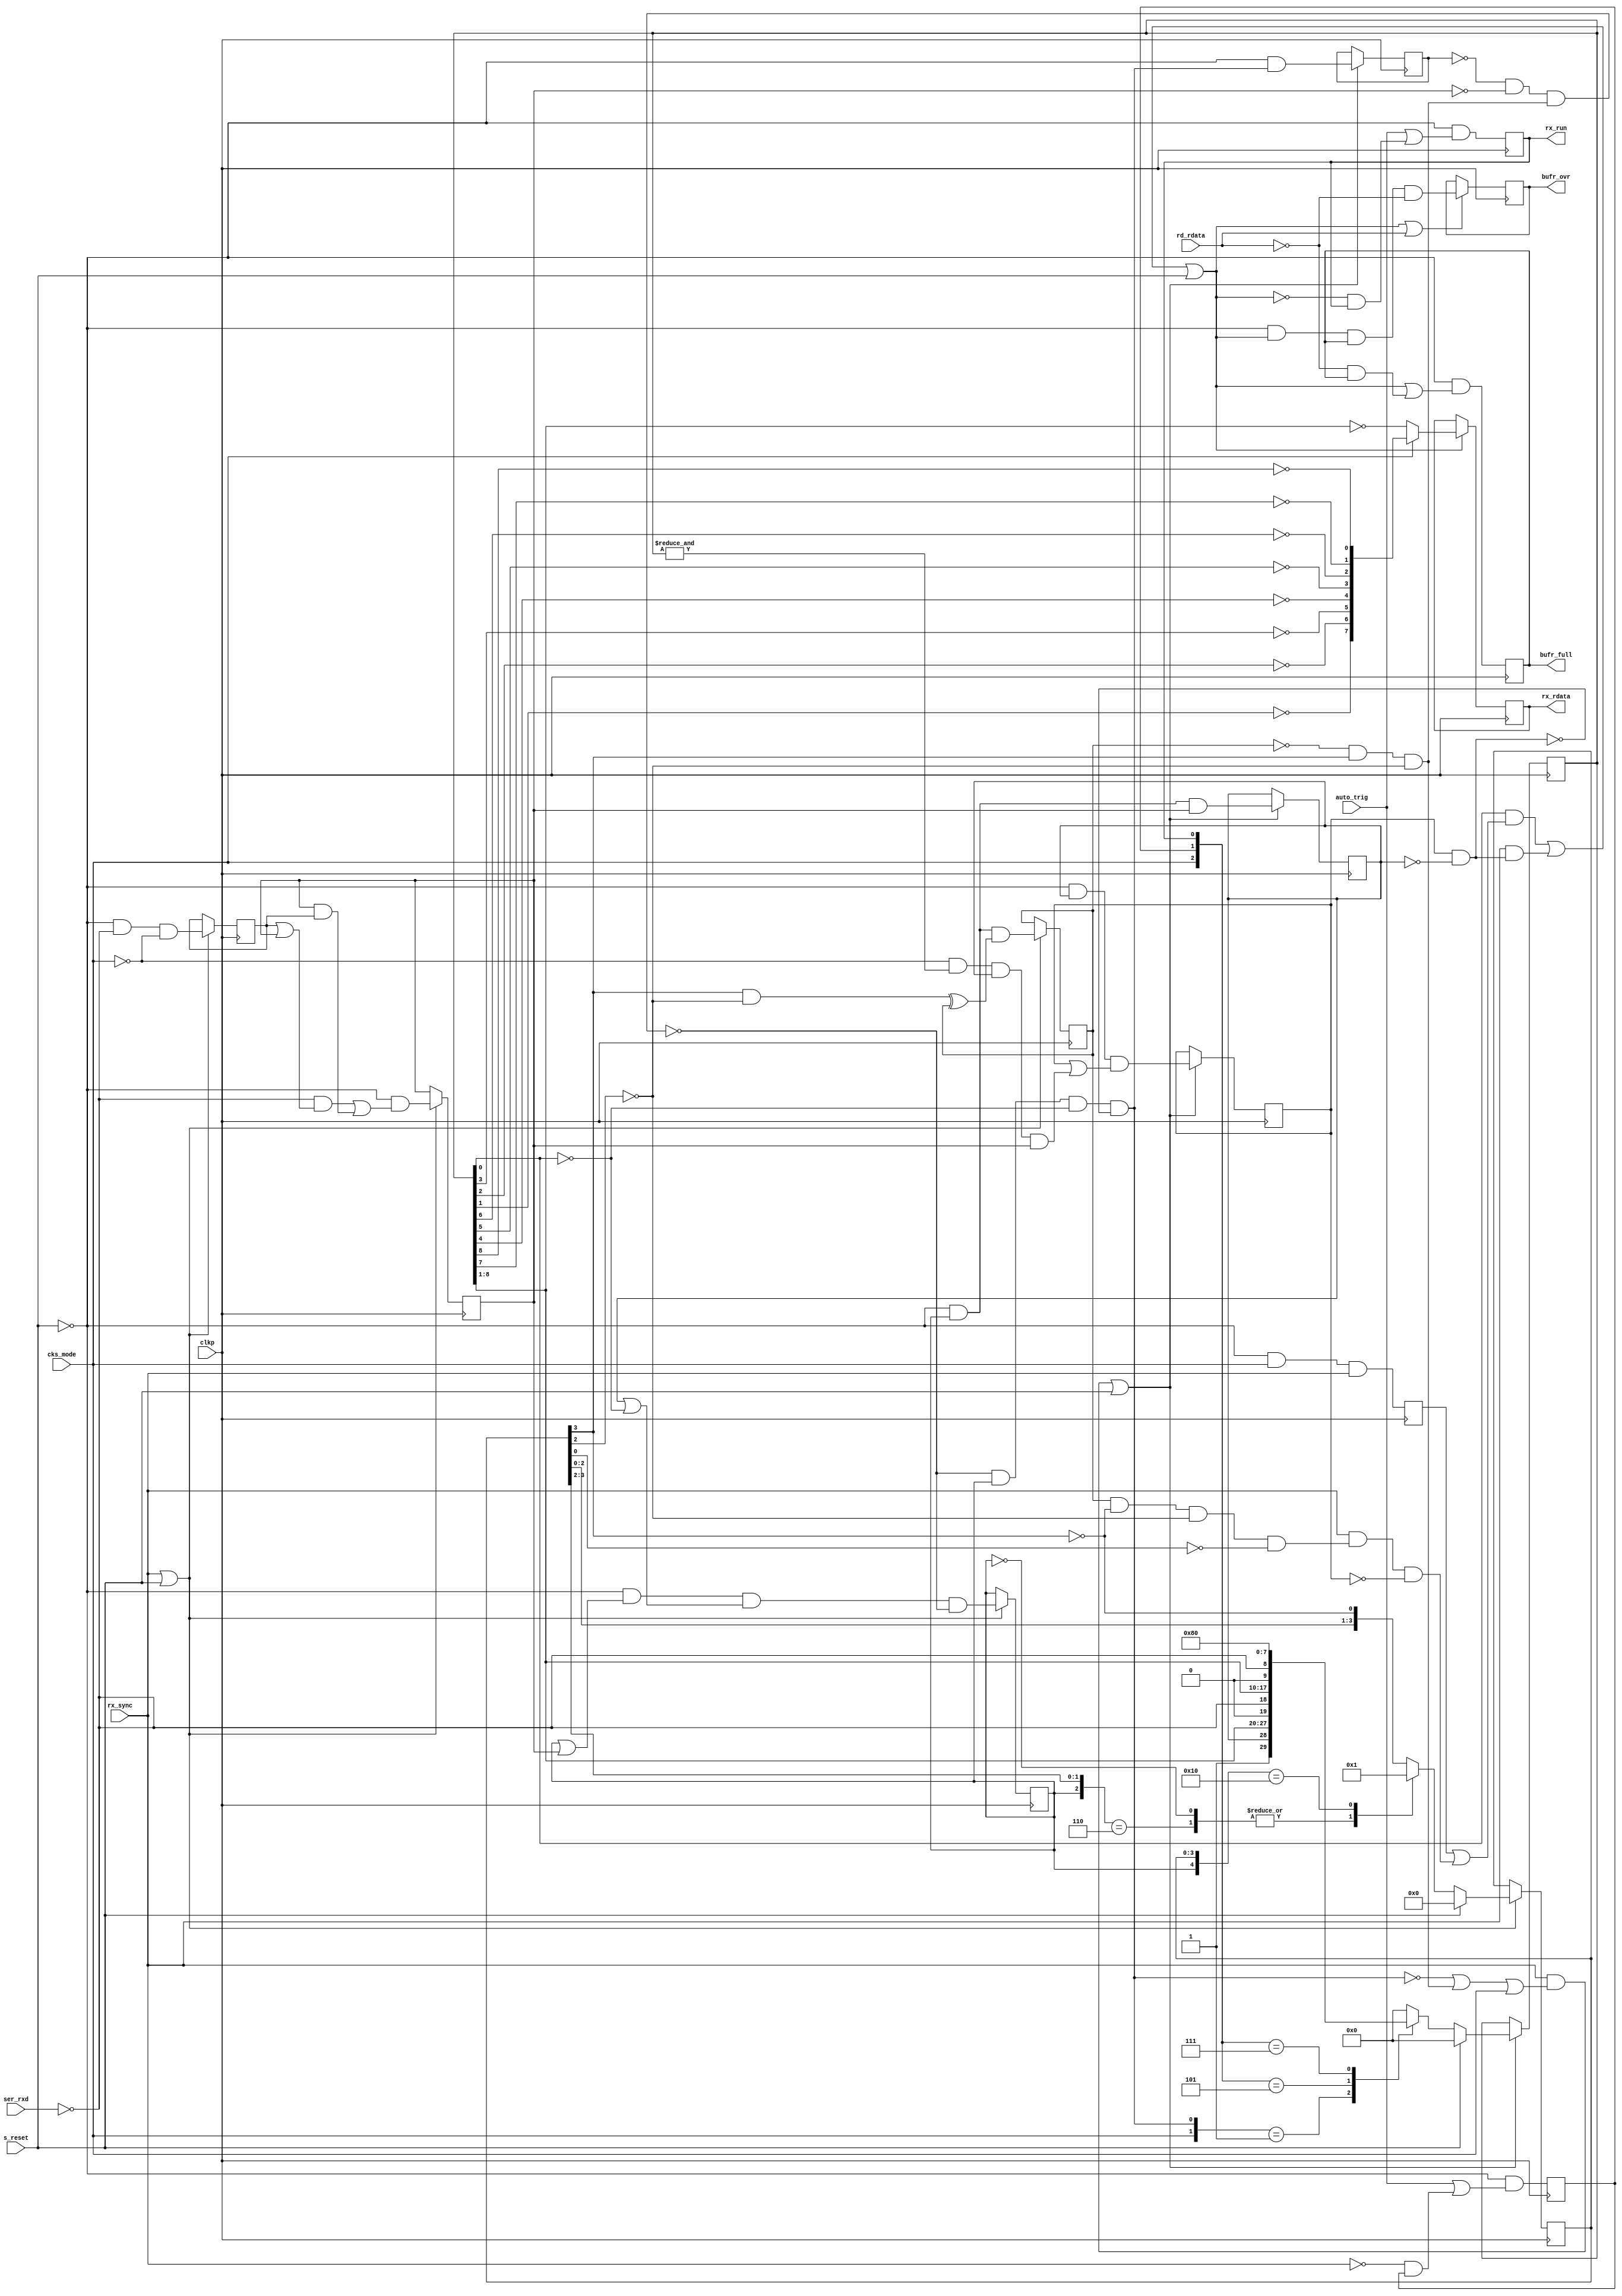
/*******************************************************************************************/
/**                                                                                       **/
/** Copyright 2021 Monte J. Dalrymple                                                     **/
/**                                                                                       **/
/** SPDX-License-Identifier: Apache-2.0 WITH SHL-2.1                                      **/
/**                                                                                       **/
/** Licensed under the Solderpad Hardware License v 2.1 (the "License"); you may not use  **/
/** this file except in compliance with the License, or, at your option, the Apache       **/
/** License version 2.0. You may obtain a copy of the License at                          **/
/**                                                                                       **/
/** https://solderpad.org/licenses/SHL-2.1/                                               **/
/**                                                                                       **/
/** Unless required by applicable law or agreed to in writing, any work distributed under **/
/** the License is distributed on an "AS IS" BASIS, WITHOUT WARRANTIES OR CONDITIONS OF   **/
/** ANY KIND, either express or implied. See the License for the specific language        **/
/** governing permissions and limitations under the License.                              **/
/**                                                                                       **/
/** serial receiver module (async/sync)                               Rev 0.0  03/29/2021 **/
/**                                                                                       **/
/*******************************************************************************************/
module serial_rx (bufr_ovr, bufr_full, rx_rdata, rx_run, auto_trig, cks_mode, clkp,
                  rd_rdata, rx_sync, s_reset, ser_rxd);

  input         auto_trig;                                 /* clocked serial trigger       */
  input         cks_mode;                                  /* clocked serial mode          */
  input         clkp;                                      /* main peripheral clock        */
  input         rd_rdata;                                  /* read rx data register        */
  input         rx_sync;                                   /* receiver clock enable        */
  input         s_reset;                                   /* synchronous reset            */
  input         ser_rxd;                                   /* receive data input           */

  output        bufr_ovr;                                  /* receive buffer overrun       */
  output        bufr_full;                                 /* receive buffer full flag     */
  output        rx_run;                                    /* receive is running           */
  output  [7:0] rx_rdata;                                  /* receive data buffer          */

  /*****************************************************************************************/
  /* signal declarations                                                                   */
  /*****************************************************************************************/
  wire        abort_dec;                                   /* start bit too short (async)  */
  wire        brk_end;                                     /* end of break detected        */
  wire        brk_strt;                                    /* recognized break             */
  wire        idleb_dec;                                   /* idle line detect (async)     */
  wire        ld_bufr;                                     /* buffer load enables          */
  wire        ld_shft;                                     /* shifter load enable          */
  wire        loadclk;                                     /* data load clock (async)      */
  wire        smplclk;                                     /* data sample clock (async)    */

  reg         bitclk_reg;                                  /* rx bit clock                 */
  reg         bufr_full;                                   /* buffer full flag             */
  reg         bufr_ovr;                                    /* buffer overrun output        */
  reg         falsest_reg;                                 /* false start check disable    */
  reg         rdata_reg;                                   /* sampled data input (async)   */
  reg         rddly_reg;                                   /* delayed sampled data (async) */
  reg         running_reg;                                 /* receiving byte (async)       */
  reg         rx_run;                                      /* cks running                  */
  reg         rx_strt;                                     /* cks start                    */
  reg         rxbrk_reg;                                   /* receiving break (async)      */
  reg         stop_reg;                                    /* stop bit (async)             */
  reg         sync_dly;                                    /* cks sync delayed             */
  reg   [3:0] divider_nxt, divider_reg;                    /* clock divider (async)        */
  reg   [7:0] rx_rdata;                                    /* receive data buffer          */
  reg   [9:0] shft_nxt, shft_reg;                          /* rx shifter                   */

  /*****************************************************************************************/
  /* serial receiver control signals                                                       */
  /*****************************************************************************************/
  assign brk_end   = rxbrk_reg && !stop_reg;
  assign brk_strt  = !cks_mode && &shft_reg && stop_reg && rddly_reg;
  assign smplclk   = !bitclk_reg && divider_reg[3] && !divider_reg[2];
  assign loadclk   = bitclk_reg && !divider_reg[3] && !divider_reg[2] && !divider_reg[0];
  assign abort_dec = !falsest_reg && !rddly_reg && smplclk;
  assign idleb_dec = !abort_dec && running_reg && !shft_reg[0] && !brk_end;
  assign ld_shft   = rx_sync && (!idleb_dec || smplclk || cks_mode);

  always @ (cks_mode or idleb_dec or rx_run or rx_strt or ser_rxd or shft_reg or
            stop_reg) begin
    casex ({cks_mode, idleb_dec, rx_strt, rx_run})
      4'b01xx: shft_nxt = {1'b1, stop_reg,  shft_reg[8:1]};
      4'b1x01: shft_nxt = {1'b0, !ser_rxd, shft_reg[8:1]};
      4'b1x11: shft_nxt = {1'b0, !ser_rxd, 8'b10000000  };
      default: shft_nxt = {1'b0, 1'b0,      8'b00000000  };
      endcase
    end

  /*****************************************************************************************/
  /* serial receiver buffer and status                                                     */
  /*****************************************************************************************/
  assign ld_bufr  = (shft_reg[0] && (sync_dly || (rx_sync && loadclk && !rxbrk_reg))) ||
                    (rx_sync && brk_end) || s_reset;

  always @ (posedge clkp) begin
    bufr_full <= !s_reset && (ld_bufr || (!rd_rdata && bufr_full));
    if (ld_bufr) rx_rdata <= (cks_mode) ? {!shft_reg[1], !shft_reg[2], !shft_reg[3],
                                           !shft_reg[4], !shft_reg[5], !shft_reg[6],
                                           !shft_reg[7], !shft_reg[8]} : ~shft_reg[8:1];
    if (ld_bufr || rd_rdata) bufr_ovr <= !s_reset && ld_bufr && bufr_full && !rd_rdata;
    end

  /*****************************************************************************************/
  /* serial receiver shifter (inverted data)                                               */
  /*****************************************************************************************/
  always @ (posedge clkp) begin
    if (ld_shft || s_reset) begin
      falsest_reg <= !s_reset && idleb_dec;
      rxbrk_reg   <= !s_reset && stop_reg && (rxbrk_reg || brk_strt);
      stop_reg    <= !s_reset && running_reg && rddly_reg;
      shft_reg    <= (s_reset) ? 10'h000 : shft_nxt;
      end
    end

  /*****************************************************************************************/
  /* clock divider                                                                         */
  /*****************************************************************************************/
  always @ (divider_reg or running_reg) begin
    casex ({running_reg, divider_reg})
      5'b0xxxx,
      5'b110xx: divider_nxt = 4'b0000;
      5'b10000: divider_nxt = 4'b0001;
      default:  divider_nxt = {divider_reg[2:0], !divider_reg[3]};
      endcase
    end

  /*****************************************************************************************/
  /* async state machine                                                                   */
  /*****************************************************************************************/
  always @ (posedge clkp) begin
    if (rx_sync || s_reset) begin
      rdata_reg   <= !s_reset && !ser_rxd && !cks_mode;
      rddly_reg   <= !s_reset && ((!ser_rxd && (rdata_reg || rddly_reg)) ||
                                  (rddly_reg && rdata_reg));
      running_reg <= !s_reset && (running_reg || rddly_reg) && (stop_reg || !shft_reg[0]) &&
                     !abort_dec;
      divider_reg <= (s_reset) ? 4'h0 : divider_nxt;
      bitclk_reg  <= !s_reset && running_reg &&
                     ((divider_reg[3] && !divider_reg[2]) ^ bitclk_reg);
      end
    end

  /*****************************************************************************************/
  /* sync state machine                                                                    */
  /*****************************************************************************************/
  always @ (posedge clkp) begin
    rx_run   <= !s_reset && (auto_trig || (!ld_bufr && rx_run));
    rx_strt  <= !s_reset && (auto_trig || (!rx_sync && rx_strt));
    sync_dly <= !s_reset && cks_mode && rx_sync;
    end

  endmodule